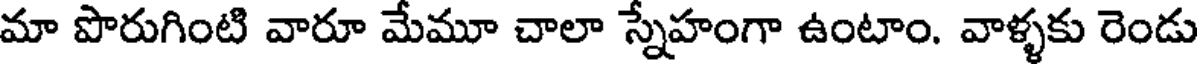
మా పొరుగింటి వారూ మేమూ చాలా స్నేహంగా ఉంటాం. వాళ్ళకు రెండు